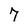
Character: 7